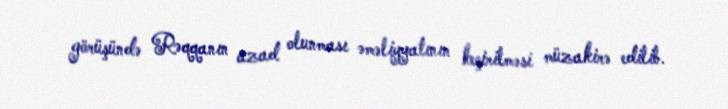
görüşündə Rəqqanın azad olunması əməliyyatının keçirilməsi müzakirə edilib.